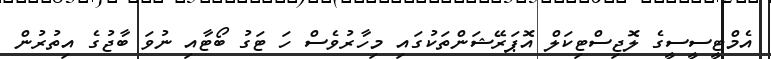
އެމްޓީސީސީގެ ލޮޖިސްޓިކަލް އޮޕަރޭޝަންތަކުގައި މިހާރުވެސް ހަ ޓަގު ބޯޓާއި ނުވަ ބާޖުގެ އިތުރުން